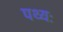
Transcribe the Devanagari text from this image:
पथ्यः